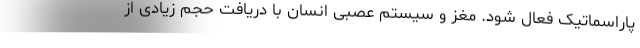
پاراسماتیک فعال شود. مغز و سیستم عصبی انسان با دریافت حجم زیادی از